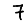
Digit: 7